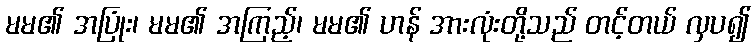
မမ၏ အပြုံး၊ မမ၏ အကြည့်၊ မမ၏ ဟန် အားလုံးတို့သည် တင့်တယ် လှပ၍